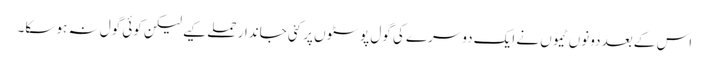
اس کے بعد دونوں ٹیموں نے ایک دوسرے کی گول پوسٹوں پر کئی جاندار حملے کیے لیکن کوئی گول نہ ہو سکا۔